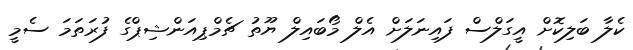
ކެލާ ބަލިކޮށް އީގަލްސް ފައިނަލަށް އެލް މޯބައިލް ޔޫތު ޗެމްޕިއަންޝިޕްގެ ފުރަތަމަ ސެމީ